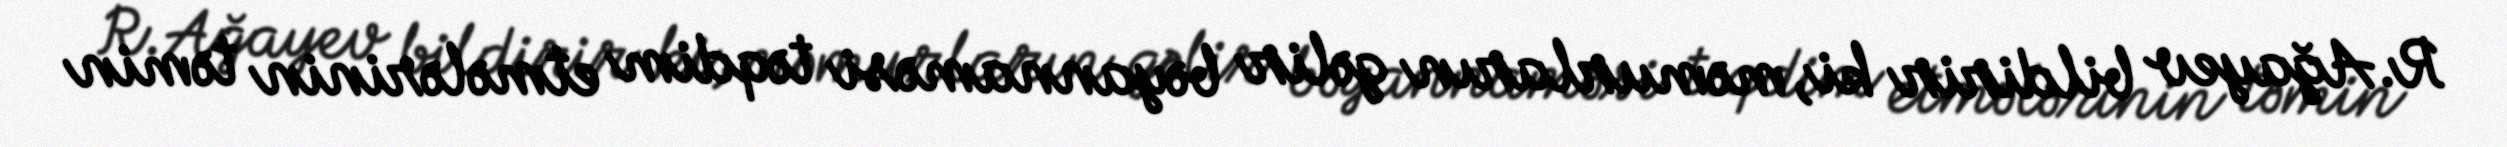
R.Ağayev bildirir ki, məmurların gəlir bəyannaməsi təqdim etmələrinin təmin